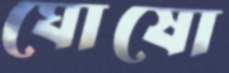
ঘোষো